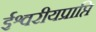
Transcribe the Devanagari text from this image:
ईश्वरीयप्राप्ति